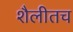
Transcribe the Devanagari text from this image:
शैलीतच